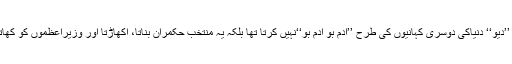
ہمارا ’’دیو‘‘ دنیاکی دوسری کہانیوں کی طرح ’’آدم بو آدم بو‘‘نہیں کرتا تھا بلکہ یہ منتخب حکمران بناتا، اکھاڑتا اور وزیراعظموں کو کھاتا تھا۔